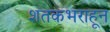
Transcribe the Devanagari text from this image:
शतकभराहून